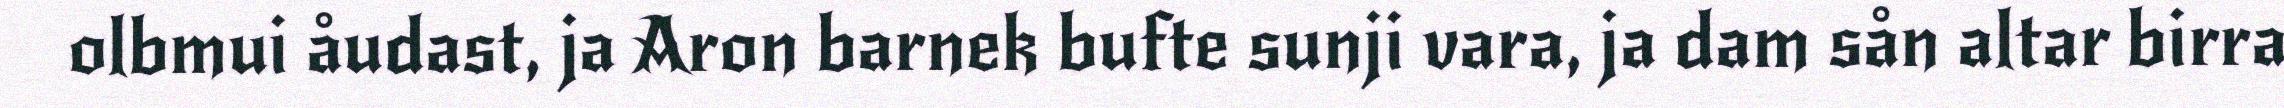
olbmui åudast, ja Aron barnek bufte sunji vara, ja dam sån altar birra